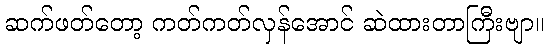
ဆက်ဖတ်တော့ ကတ်ကတ်လှန်အောင် ဆဲထားတာကြီးဗျာ။